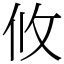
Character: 攸